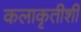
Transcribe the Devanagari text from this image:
कलाकृतीशी